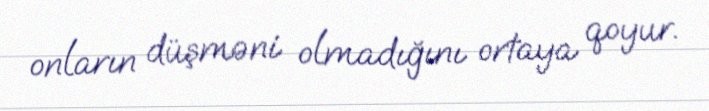
onların düşməni olmadığını ortaya qoyur.